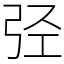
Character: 弪